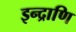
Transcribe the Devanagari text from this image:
इन्द्राणि